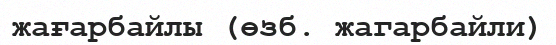
жағарбайлы (өзб. жагарбайли)